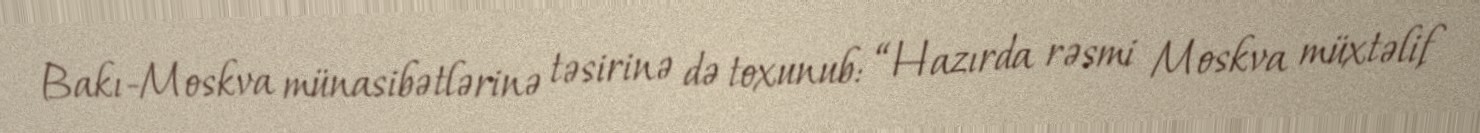
Bakı-Moskva münasibətlərinə təsirinə də toxunub: “Hazırda rəsmi Moskva müxtəlif